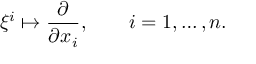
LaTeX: \xi ^ { i } \mapsto \frac { \partial } { \partial x _ { i } } , \qquad i = 1 , \dots , n .